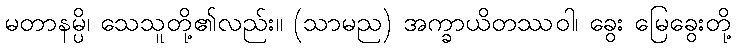
မတာနမ္ပိ၊ သေသူတို့၏လည်း။ (သာမည) အက္ခာယိတဿဝါ၊ ခွေး မြေခွေးတို့